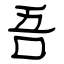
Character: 吾